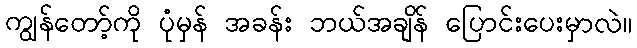
ကျွန်တော့်ကို ပုံမှန် အခန်း ဘယ်အချိန် ပြောင်းပေးမှာလဲ။